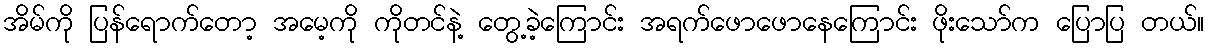
အိမ်ကို ပြန်ရောက်တော့ အမေ့ကို ကိုတင်နဲ့ တွေ့ခဲ့ကြောင်း အရက်ဖောဖောနေကြောင်း ဖိုးသော်က ပြောပြ တယ်။